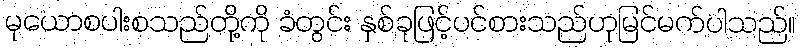
မုယောစပါးစသည်တို့ကို ခံတွင်း နှစ်ခုဖြင့်ပင်စားသည်ဟုမြင်မက်ပါသည်။